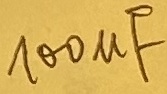
Text: 100µF